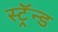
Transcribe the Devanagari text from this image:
स्ट्रॅन्ड